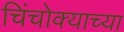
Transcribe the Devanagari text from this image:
चिंचोक्याच्या